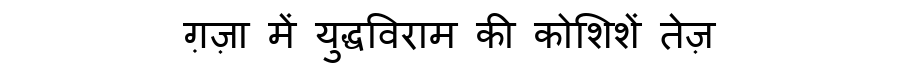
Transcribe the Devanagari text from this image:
ग़ज़ा में युद्धविराम की कोशिशें तेज़